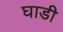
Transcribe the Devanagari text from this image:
घाडी